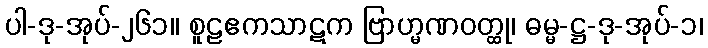
ပါ-ဒု-အုပ်-၂၆၁။ စူဠဧကသာဋက ဗြာဟ္မဏဝတ္ထု၊ ဓမ္မ-ဋ္ဌ-ဒု-အုပ်-၁၊